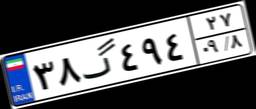
۳۸گ۴۹۴۲۷